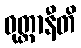
ဝုတ္တာနီတိ